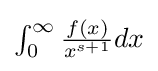
{\textstyle \int _{0}^{\infty }{\frac {f(x)}{x^{s+1}}}dx}